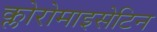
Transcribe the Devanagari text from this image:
क्लोरोमाइसेटिन